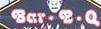
bar.b.q